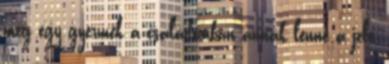
még egy gyermek a családomban annak lenne a jele,